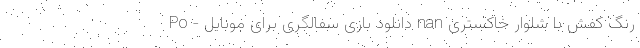
رنگ کفش با شلوار خاکستری nan دانلود بازی سفالگری برای موبایل - Po